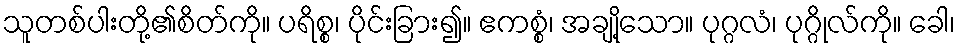
သူတစ်ပါးတို့၏စိတ်ကို။ ပရိစ္စ၊ ပိုင်းခြား၍။ ဧကစ္စံ၊ အချို့သော။ ပုဂ္ဂလံ၊ ပုဂ္ဂိုလ်ကို။ ခေါ၊